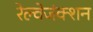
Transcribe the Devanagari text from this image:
रेल्वेजंक्शन